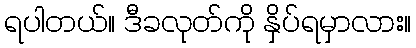
ရပါတယ်။ ဒီခလုတ်ကို နှိပ်ရမှာလား။